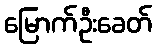
မြောက်ဦးခေတ်